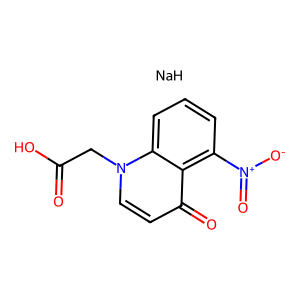
SMILES: O=C(O)Cn1ccc(=O)c2c([N+](=O)[O-])cccc21.[NaH]
Inhibits HIV replication: No